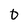
Character: 0